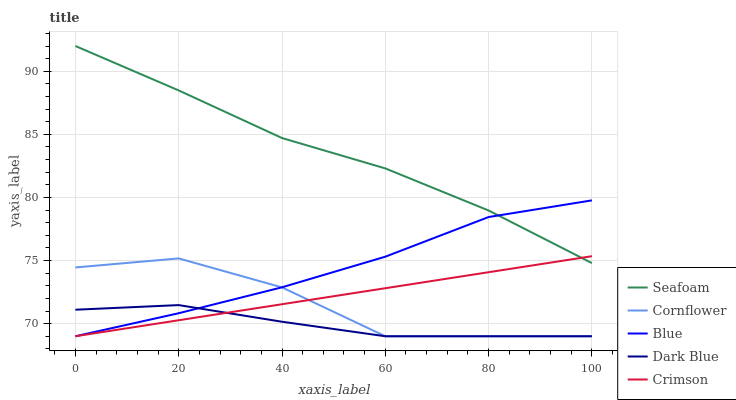
| xaxis_label | Seafoam | Cornflower | Blue | Dark Blue | Crimson |
 | --- | --- | --- | --- | --- | --- |
 | 0 | 92 | 74.5 | 69 | 71.1 | 69 |
 | 20 | 88.5 | 75.2 | 70.8 | 71.5 | 70.3 |
 | 40 | 84.7 | 72.9 | 72.9 | 70.2 | 71.5 |
 | 60 | 82.3 | 69 | 75.3 | 69 | 72.8 |
 | 80 | 79 | 69 | 78.4 | 69 | 74.1 |
 | 100 | 74.8 | 69 | 79.8 | 69 | 75.3 |